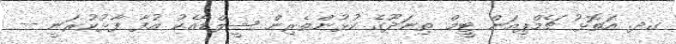
ގދ. އަތޮޅު ޗެމްޕިއަން ޓީމް ތިނަދޫގެ ކުޅުންތެރިން ޝީލްޑާއެކު އުފާ ފާޅުކުރަނީ --